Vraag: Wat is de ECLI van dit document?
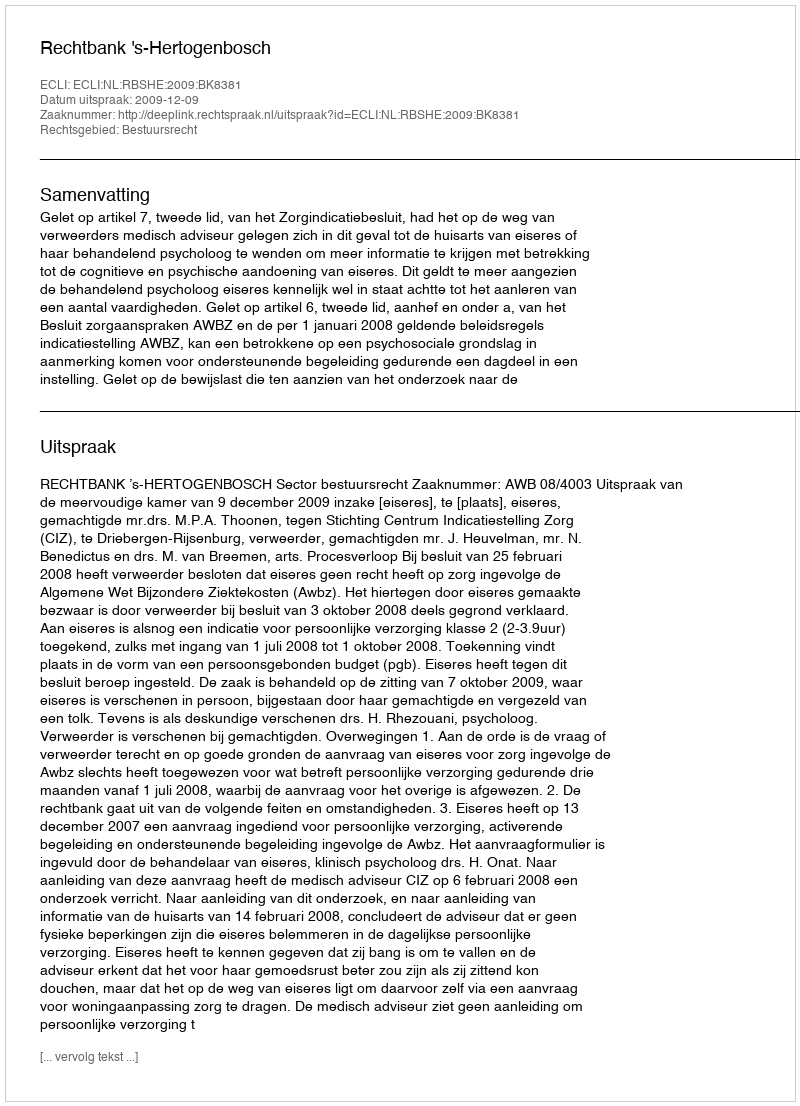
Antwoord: ECLI:NL:RBSHE:2009:BK8381